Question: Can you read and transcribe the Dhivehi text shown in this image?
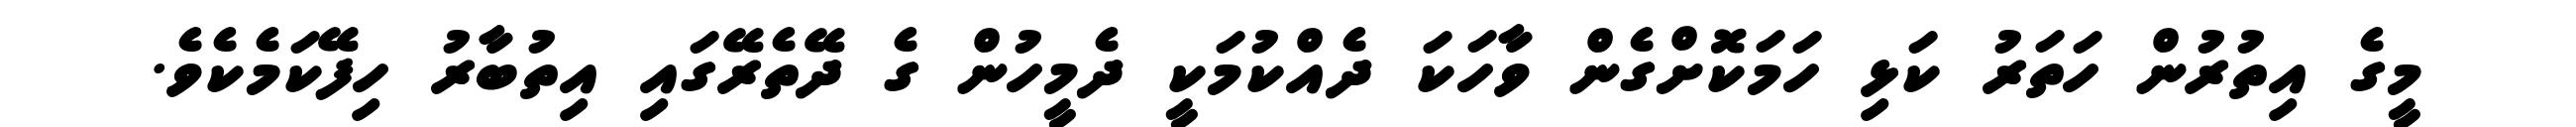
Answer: މީގެ އިތުރުން ހަތަރު ކަޅި ހަމަކޮށްގެން ވާހަކަ ދެއްކުމަކީ ދެމީހުން ގެ ދޭތެރޭގައި އިތުބާރު ހިފޭކަމެކެވެ.